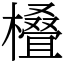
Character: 𣜖